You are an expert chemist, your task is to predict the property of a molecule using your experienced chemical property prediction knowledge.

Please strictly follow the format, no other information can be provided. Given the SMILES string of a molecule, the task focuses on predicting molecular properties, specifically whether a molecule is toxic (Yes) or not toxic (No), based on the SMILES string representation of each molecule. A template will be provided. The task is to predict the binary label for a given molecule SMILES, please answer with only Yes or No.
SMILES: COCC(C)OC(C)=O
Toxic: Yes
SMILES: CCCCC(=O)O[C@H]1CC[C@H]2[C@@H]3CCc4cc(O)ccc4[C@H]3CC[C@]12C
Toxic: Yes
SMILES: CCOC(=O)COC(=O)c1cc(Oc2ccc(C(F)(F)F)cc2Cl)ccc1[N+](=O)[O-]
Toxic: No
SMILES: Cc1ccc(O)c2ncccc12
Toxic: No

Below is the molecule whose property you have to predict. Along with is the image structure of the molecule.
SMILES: N=C(N)NCC1COC2(CCCCC2)O1.N=C(N)NCC1COC2(CCCCC2)O1
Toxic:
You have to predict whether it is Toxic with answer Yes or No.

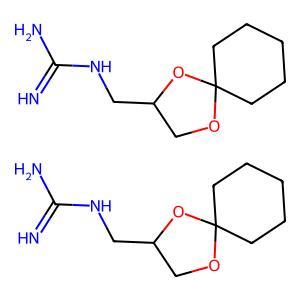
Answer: No